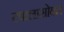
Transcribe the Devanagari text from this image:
टपालासोबत